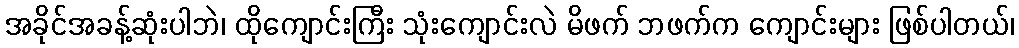
အခိုင်အခန့်ဆုံးပါဘဲ၊ ထိုကျောင်းကြီး သုံးကျောင်းလဲ မိဖက် ဘဖက်က ကျောင်းများ ဖြစ်ပါတယ်၊